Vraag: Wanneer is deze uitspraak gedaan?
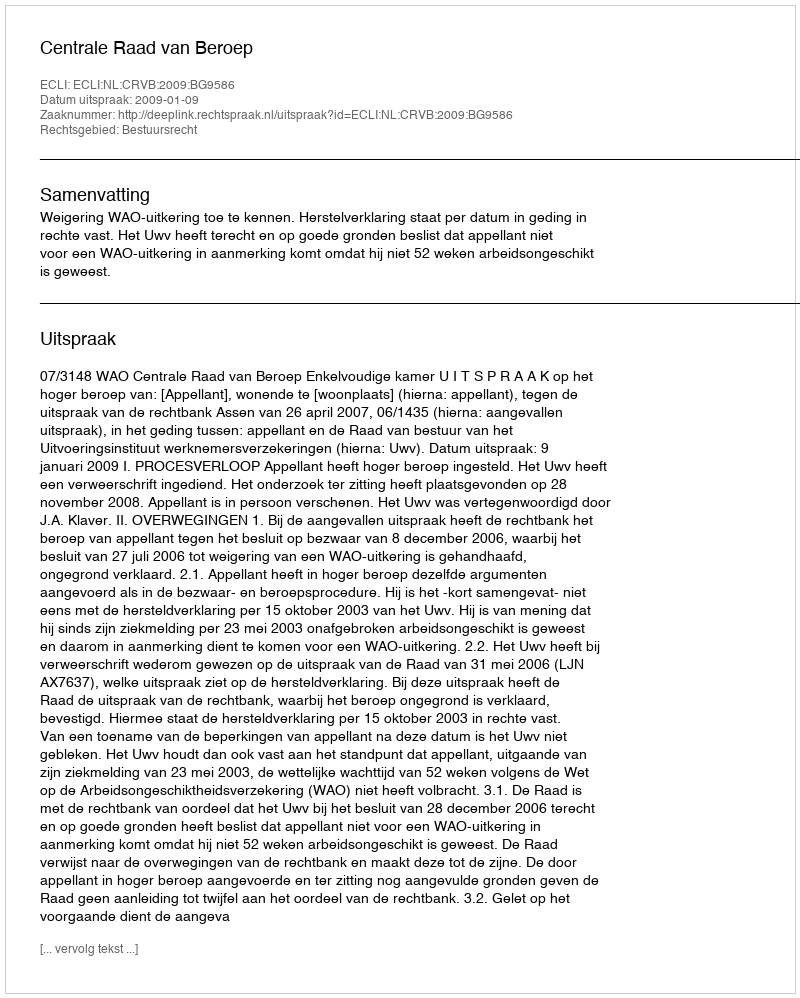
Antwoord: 2009-01-09